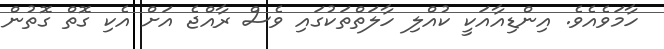
ހާމަވެއެވެ. އިންޑިއާއަކީ ކުއްލި ހާލަތްތަކުގައި ވެސް ރާއްޖެ އަށް އެކި ގޮތް ގޮތުން